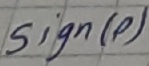
Text: Sign(p)